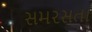
સમરસતા